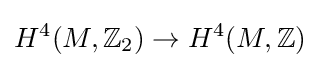
H^{4}(M,\mathbb {Z} _{2})\rightarrow H^{4}(M,\mathbb {Z} )